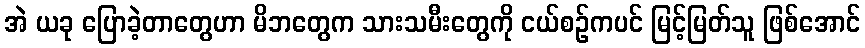
အဲ ယခု ပြောခဲ့တာတွေဟာ မိဘတွေက သားသမီးတွေကို ငယ်စဉ်ကပင် မြင့်မြတ်သူ ဖြစ်အောင်